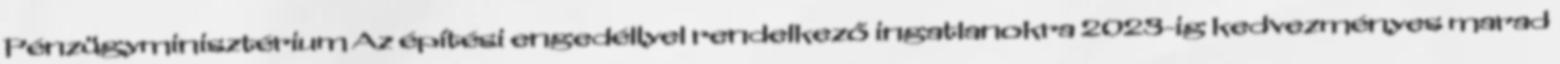
Pénzügyminisztérium Az építési engedéllyel rendelkező ingatlanokra 2023-ig kedvezményes marad